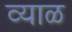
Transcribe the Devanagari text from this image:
व्याळ